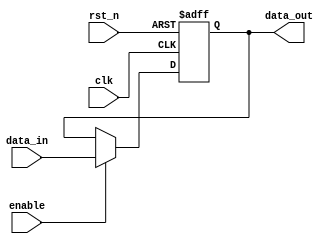
module input_register #(
    parameter DATA_WIDTH = 8  // Define the width of the register
)(
    input wire clk,            // Clock signal
    input wire rst_n,         // Active-low reset signal
    input wire enable,         // Enable signal for capturing data
    input wire [DATA_WIDTH-1:0] data_in,  // Input data lines
    output reg [DATA_WIDTH-1:0] data_out   // Output data lines
);

// Synchronous operation
always @(posedge clk or negedge rst_n) begin
    if (!rst_n) begin
        // If reset is active, clear the register
        data_out <= {DATA_WIDTH{1'b0}}; // Set to known state (zero)
    end else if (enable) begin
        // Capture input data on the rising edge of the clock if enabled
        data_out <= data_in;
    end
    // If not enabled, retain the previous value of data_out
end

endmodule